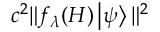
c ^ { 2 } \| f _ { \lambda } ( H ) \left| \psi \right\rangle \| ^ { 2 }